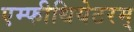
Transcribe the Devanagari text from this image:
एम्फीथियेटरम्